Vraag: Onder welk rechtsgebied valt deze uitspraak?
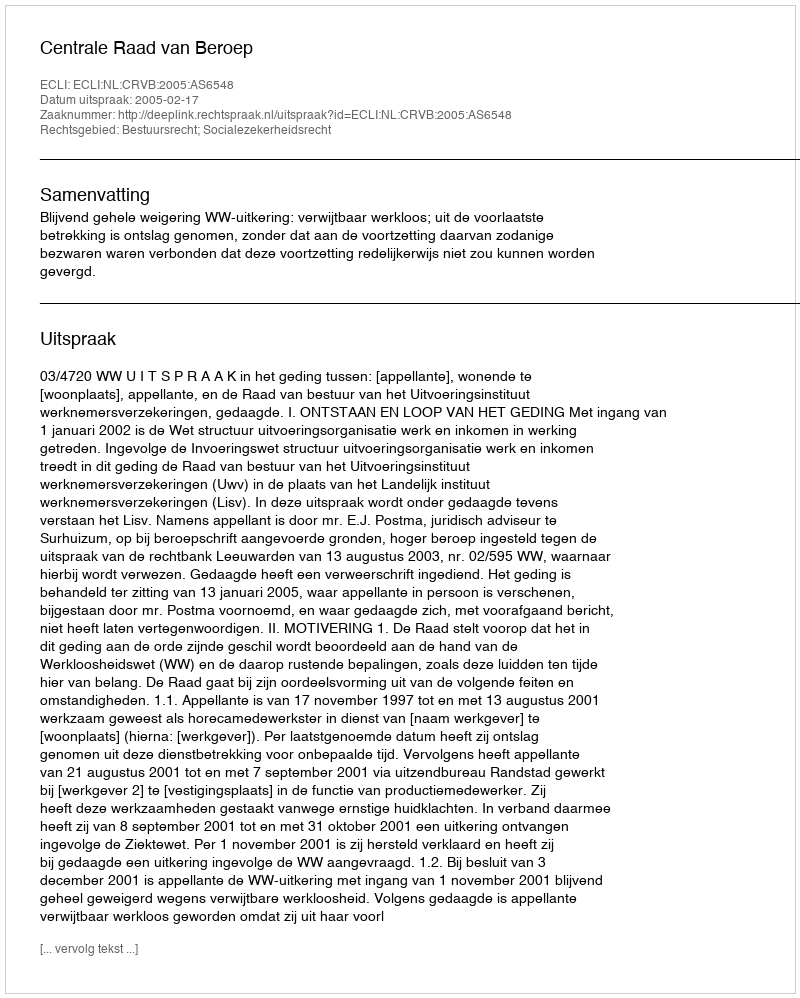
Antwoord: Bestuursrecht; Socialezekerheidsrecht